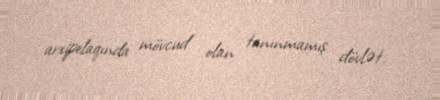
arxipelaqında mövcud olan tanınmamış dövlət.